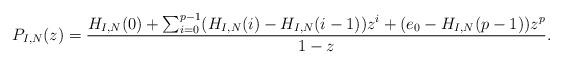
LaTeX: \begin{align*} P_{I,N}(z) = \frac{H_{I,N}(0)+\sum_{i=0}^{p-1}(H_{I,N}(i)-H_{I,N}(i-1))z^i+(e_0 -H_{I,N}(p-1))z^{p}}{1-z}.\end{align*}